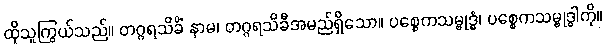
ထိုသူကြွယ်သည်။ တဂ္ဂရသိခိံ နာမ၊ တဂ္ဂရသိခီအမည်ရှိသော။ ပစ္စေကသမ္ဗုဒ္ဓံ၊ ပစ္စေကသမ္ဗုဒ္ဓါကို။